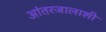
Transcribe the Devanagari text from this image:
आंतरजालाशी